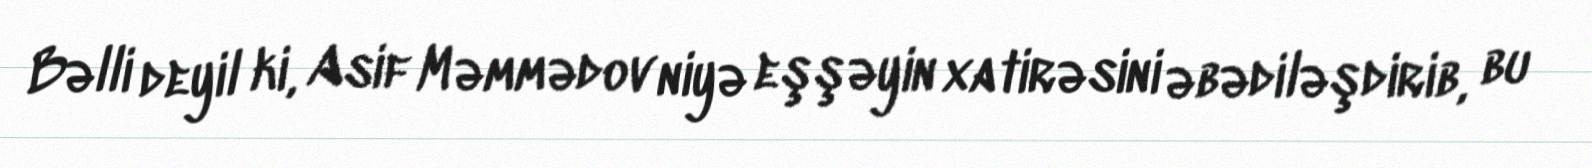
Bəlli deyil ki, Asif Məmmədov niyə eşşəyin xatirəsini əbədiləşdirib, bu